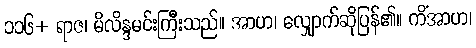
၁၁၆+ ရာဇ၊ မိလိန္ဒမင်းကြီးသည်။ အာဟ၊ လျှောက်ဆိုပြန်၏။ ကိံအာဟ၊